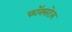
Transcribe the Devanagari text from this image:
फॉक्‍सटेल